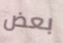
بعض